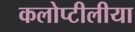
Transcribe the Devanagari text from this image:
कलोप्टीलीया